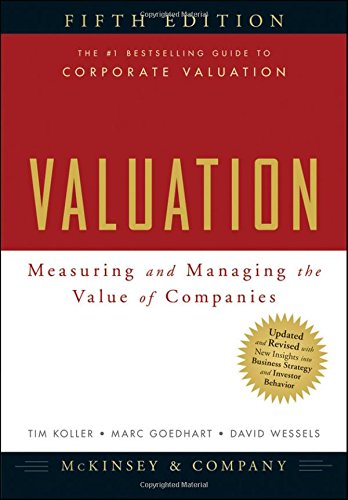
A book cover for Valuation: Measuring and Managing the Value of Companies, 5th Edition; McKinsey & Company Inc.; Business & Money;